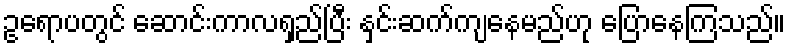
ဥရောပတွင် ဆောင်းကာလရှည်ပြီး နှင်းဆက်ကျနေမည်ဟု ပြောနေကြသည်။